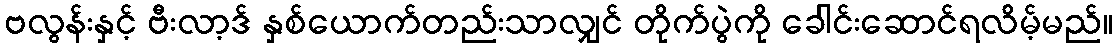
ဗလွန်းနှင့် ဗီးလာ့ဒ် နှစ်ယောက်တည်းသာလျှင် တိုက်ပွဲကို ခေါင်းဆောင်ရလိမ့်မည်။